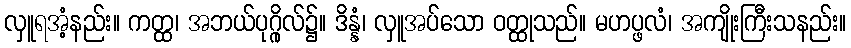
လှူရအံ့နည်း။ ကတ္ထ၊ အဘယ်ပုဂ္ဂိုလ်၌။ ဒိန္နံ၊ လှူအပ်သော ဝတ္ထုသည်။ မဟပ္ဖလံ၊ အကျိုးကြီးသနည်း။